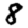
Digit: 8